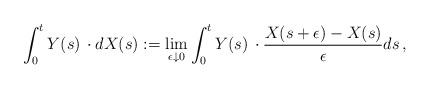
LaTeX: \begin{align*}\int_0^t Y(s)\, \cdot dX(s):= \lim_{\epsilon \downarrow 0} \int_0^t Y(s)\,\cdot \frac{X(s+\epsilon)-X(s)}{\epsilon}ds\, ,\end{align*}